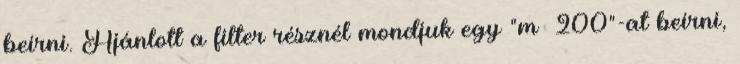
beírni. Ajánlott a filter résznél mondjuk egy "m 200"-at beírni,